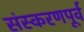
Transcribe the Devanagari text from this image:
संस्करणपूर्व